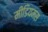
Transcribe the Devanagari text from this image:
मीडियमस